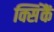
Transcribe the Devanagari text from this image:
क्सिंकैं